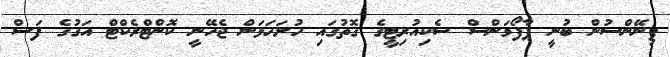
ފިނޭންސުން ބުނީ ޕާފޯމަންސް ސެކިއުރިޓީގެ ގޮތުގައި ހުށަހަޅަން ޖެހޭނީ ކޮންޓްރެކްޓް އަގުގެ ފަސް